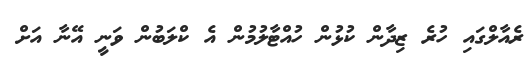
ރެއާލްގައި ހުރެ ޒިދާން ކުޅުން ހުއްޓާލުމުން އެ ކްލަބުން ވަނީ އޭނާ އަށް